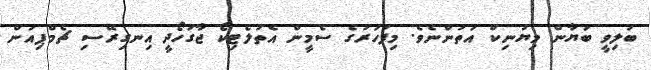
ބަލިވީ ބަޔާން މިޔުނިކް އަތުންނެވެ. މިފަހަރުގެ ސެމީން އެތުލެޓިކޯ ޖާގަހޯދީ އިނގިރޭސި ޗެމްޕިއަން